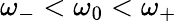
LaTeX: \omega_{-}<\omega_{0}<\omega_{+}